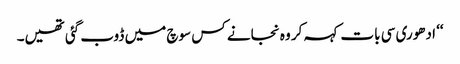
‘‘ ادھوری سی بات کہہ کر وہ نجانے کس سوچ میں ڈوب گئی تھیں۔